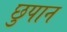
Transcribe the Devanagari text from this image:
छुपान